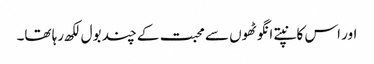
اور اس کانپتے انگوٹھوں سے محبت کے چند بول لکھ رہا تھا۔